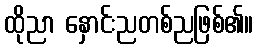
ထိုညာ နှောင်းညတစ်ညဖြစ်၏။